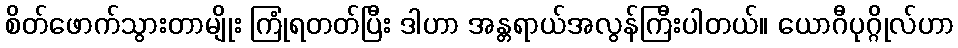
စိတ်ဖောက်သွားတာမျိုး ကြုံရတတ်ပြီး ဒါဟာ အန္တရာယ်အလွန်ကြီးပါတယ်။ ယောဂီပုဂ္ဂိုလ်ဟာ